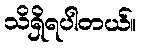
သိရှိရပါတယ်။